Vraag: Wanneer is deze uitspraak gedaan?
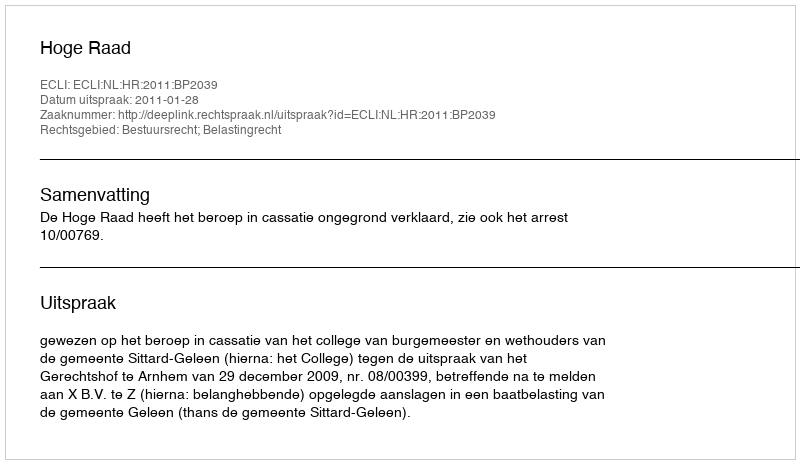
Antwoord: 2011-01-28